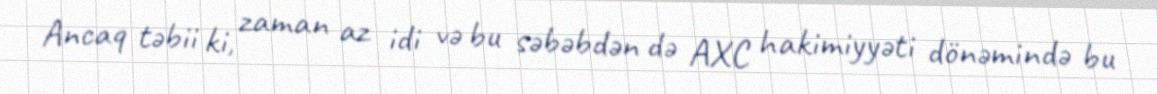
Ancaq təbii ki, zaman az idi və bu səbəbdən də AXC hakimiyyəti dönəmində bu